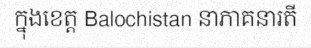
ក្នុងខេត្ត Balochistan នាភាគនារតី